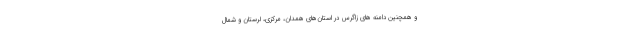
و همچنین دامنه های زاگرس در استان‌های همدان، مرکزی، لرستان و شمال